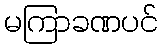
မကြာခဏပင်